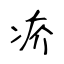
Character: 疥